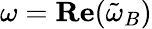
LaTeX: \omega=\mathbf{Re}(\tilde{\omega}_{B})